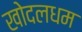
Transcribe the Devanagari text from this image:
खोदलधम